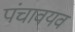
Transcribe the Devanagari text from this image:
पंचावयव